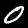
Digit: 0